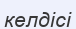
келдісі